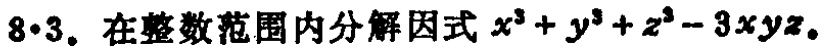
$8\cdot3.$ 在整数范围内分解因式$x^{3}+y^{3}+z^{3}-3xyz$。